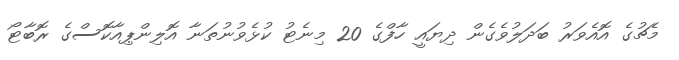
މެޗުގެ އޮއެވަރު ބަދަލުވެގެން ދިޔައީ ހާފްގެ 20 މިނެޓު ކުޅެވުނުތަނާ އޮލިންޕިއާކޮސްގެ ރޮބާޓޯ